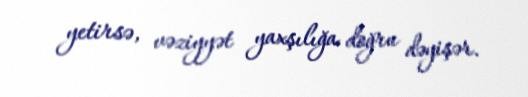
yetirsə, vəziyyət yaxşılığa doğru dəyişər.